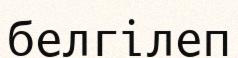
белгілеп